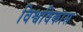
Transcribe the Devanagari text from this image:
विश्वविकास